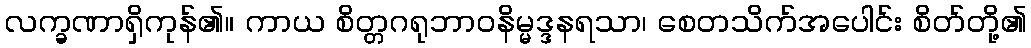
လက္ခဏာရှိကုန်၏။ ကာယ စိတ္တဂရုဘာဝနိမ္မဒ္ဒနရသာ၊ စေတသိက်အပေါင်း စိတ်တို့၏